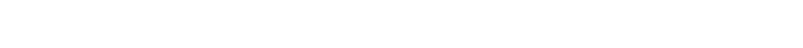
ဘဂဝတော၊ မြတ်စွာဘုရား၏။ သမ္မုခါ၊ မျက်မှောက်တော်၌။ ဓမ္မိကတံ၊ တရားစကားကို။